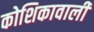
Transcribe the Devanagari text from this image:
कोशिकावाली